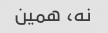
نه، همین